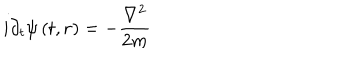
LaTeX: i \partial _ { t } \psi \left( t , \mathbf { r } \right) = - \frac { \mathbf { \nabla } ^ { 2 } } { 2 m }